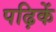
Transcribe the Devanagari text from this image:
पढ़िकें